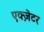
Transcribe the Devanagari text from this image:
एक्ज़ेटर